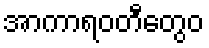
အာကာရဝတီတွေဝ